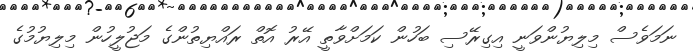
ނަމަވެސް މިލިޔުންވަނީ އިގިރޭސި ބަހުން ކަމަށްވާތީ އޭރު އޮތް ރައްޔިތުންގެ މަޖުލީހުން މިލިޔުމުގެ